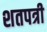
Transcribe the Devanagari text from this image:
शतपत्री